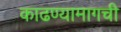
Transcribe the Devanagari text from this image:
काढण्यामागची